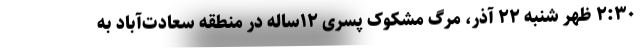
۲:۳۰ ظهر شنبه ۲۲ آذر، مرگ مشکوک پسری ۱۲ساله در منطقه سعادت‌آباد به